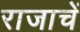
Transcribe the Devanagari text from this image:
राजाचें